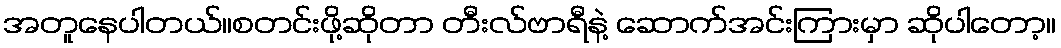
အတူနေပါတယ်။စတင်းဖို့ဆိုတာ တီးလ်ဗာရီနဲ့ ဆောက်အင်းကြားမှာ ဆိုပါတော့။